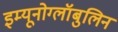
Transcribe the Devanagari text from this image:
इम्यूनोग्लॉबुलिन